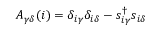
A _ { \gamma \delta } ( i ) = \delta _ { i \gamma } \delta _ { i \delta } - s _ { i \gamma } ^ { \dagger } s _ { i \delta }